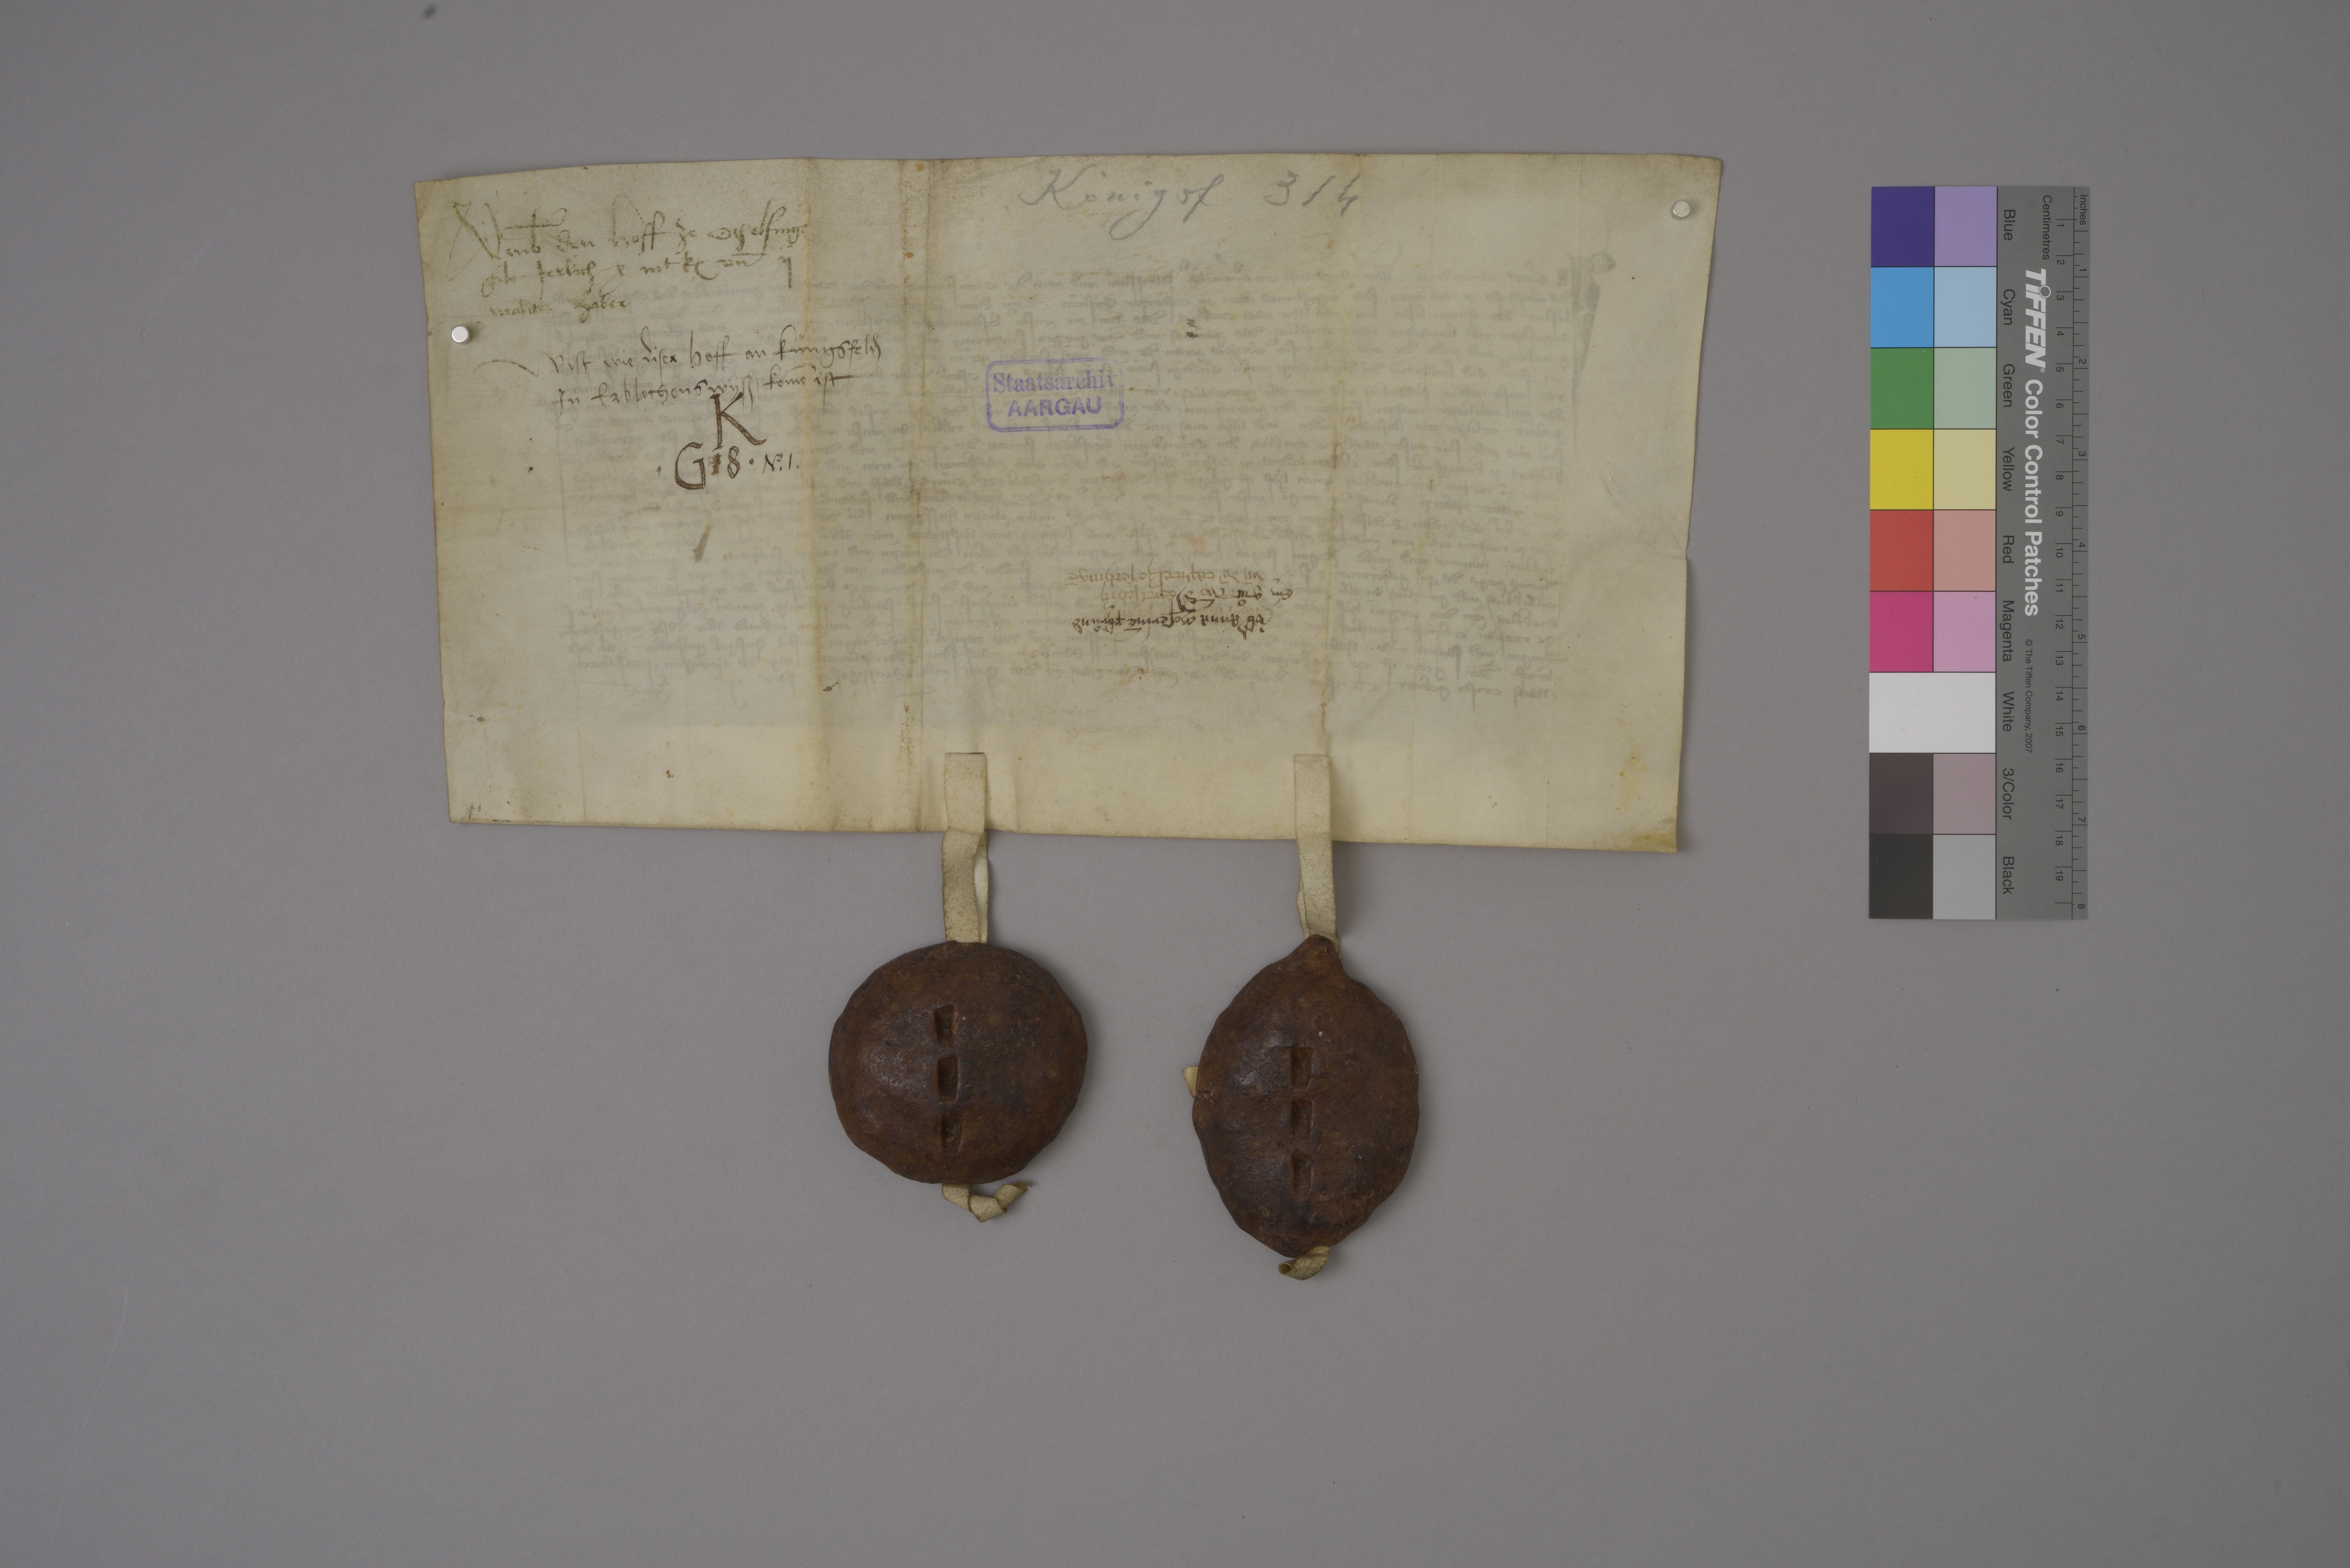
Transcription:
Königsf. 314

umb̄ den hoff ze Othelfing₎
gilt jerlich x mt k₎ un̄ ij
malter haber

wist, wie diser hoff an Kùngsfeld₎
in erblechens wysz ✳ komē ist

Staatsarchiv
AARGAU

K
✳ G 18 ✳

Nͦ✳ 1 ✳

ùbˀ Anna Moserinē phruͦnd
ein guͦt vō dˀ

eptischin
un̄ dē capitel ze Sechingē

✳